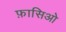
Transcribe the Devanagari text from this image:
फ़ासिओ